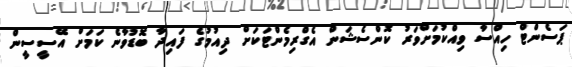
ޕަސެންޓް ހިއްސާ ވިއްކުމަށްވަރު ކޮންސެޝަން އެގްރިމެންޓަކަށް ދިއުމުގެ ފައިދާ ބޮޑުވާނެ ކަމަށް އޭސީސީން